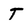
Character: T